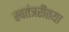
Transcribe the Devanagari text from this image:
स्वतंत्ररीतया